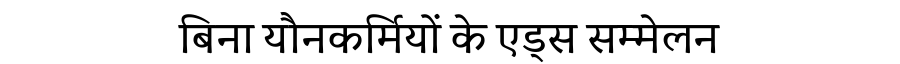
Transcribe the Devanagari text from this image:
बिना यौनकर्मियों के एड्स सम्मेलन